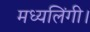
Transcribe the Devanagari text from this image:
मध्यलिंगी।